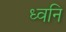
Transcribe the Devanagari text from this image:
ध्‍वनि